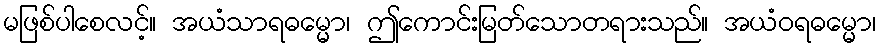
မဖြစ်ပါစေလင့်။ အယံသာရဓမ္မော၊ ဤကောင်းမြတ်သောတရားသည်။ အယံဝရဓမ္မော၊